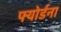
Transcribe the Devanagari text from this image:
फ्योर्डना